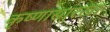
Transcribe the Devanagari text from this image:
कृष्णासारखा